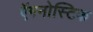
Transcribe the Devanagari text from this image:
ऍगनोस्टिक